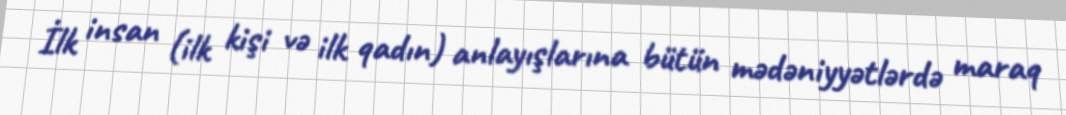
İlk insan (ilk kişi və ilk qadın) anlayışlarına bütün mədəniyyətlərdə maraq